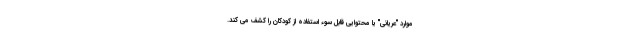
موارد "عریانی" یا محتوایی قابل سوء استفاده از کودکان را کشف می کند.